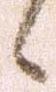
候